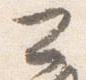
公